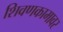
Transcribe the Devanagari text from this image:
शिवणकामावर